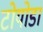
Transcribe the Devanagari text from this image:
टोयोडा